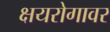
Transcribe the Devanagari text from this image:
क्षयरोगावर